Aleksander_Warma, lk 24
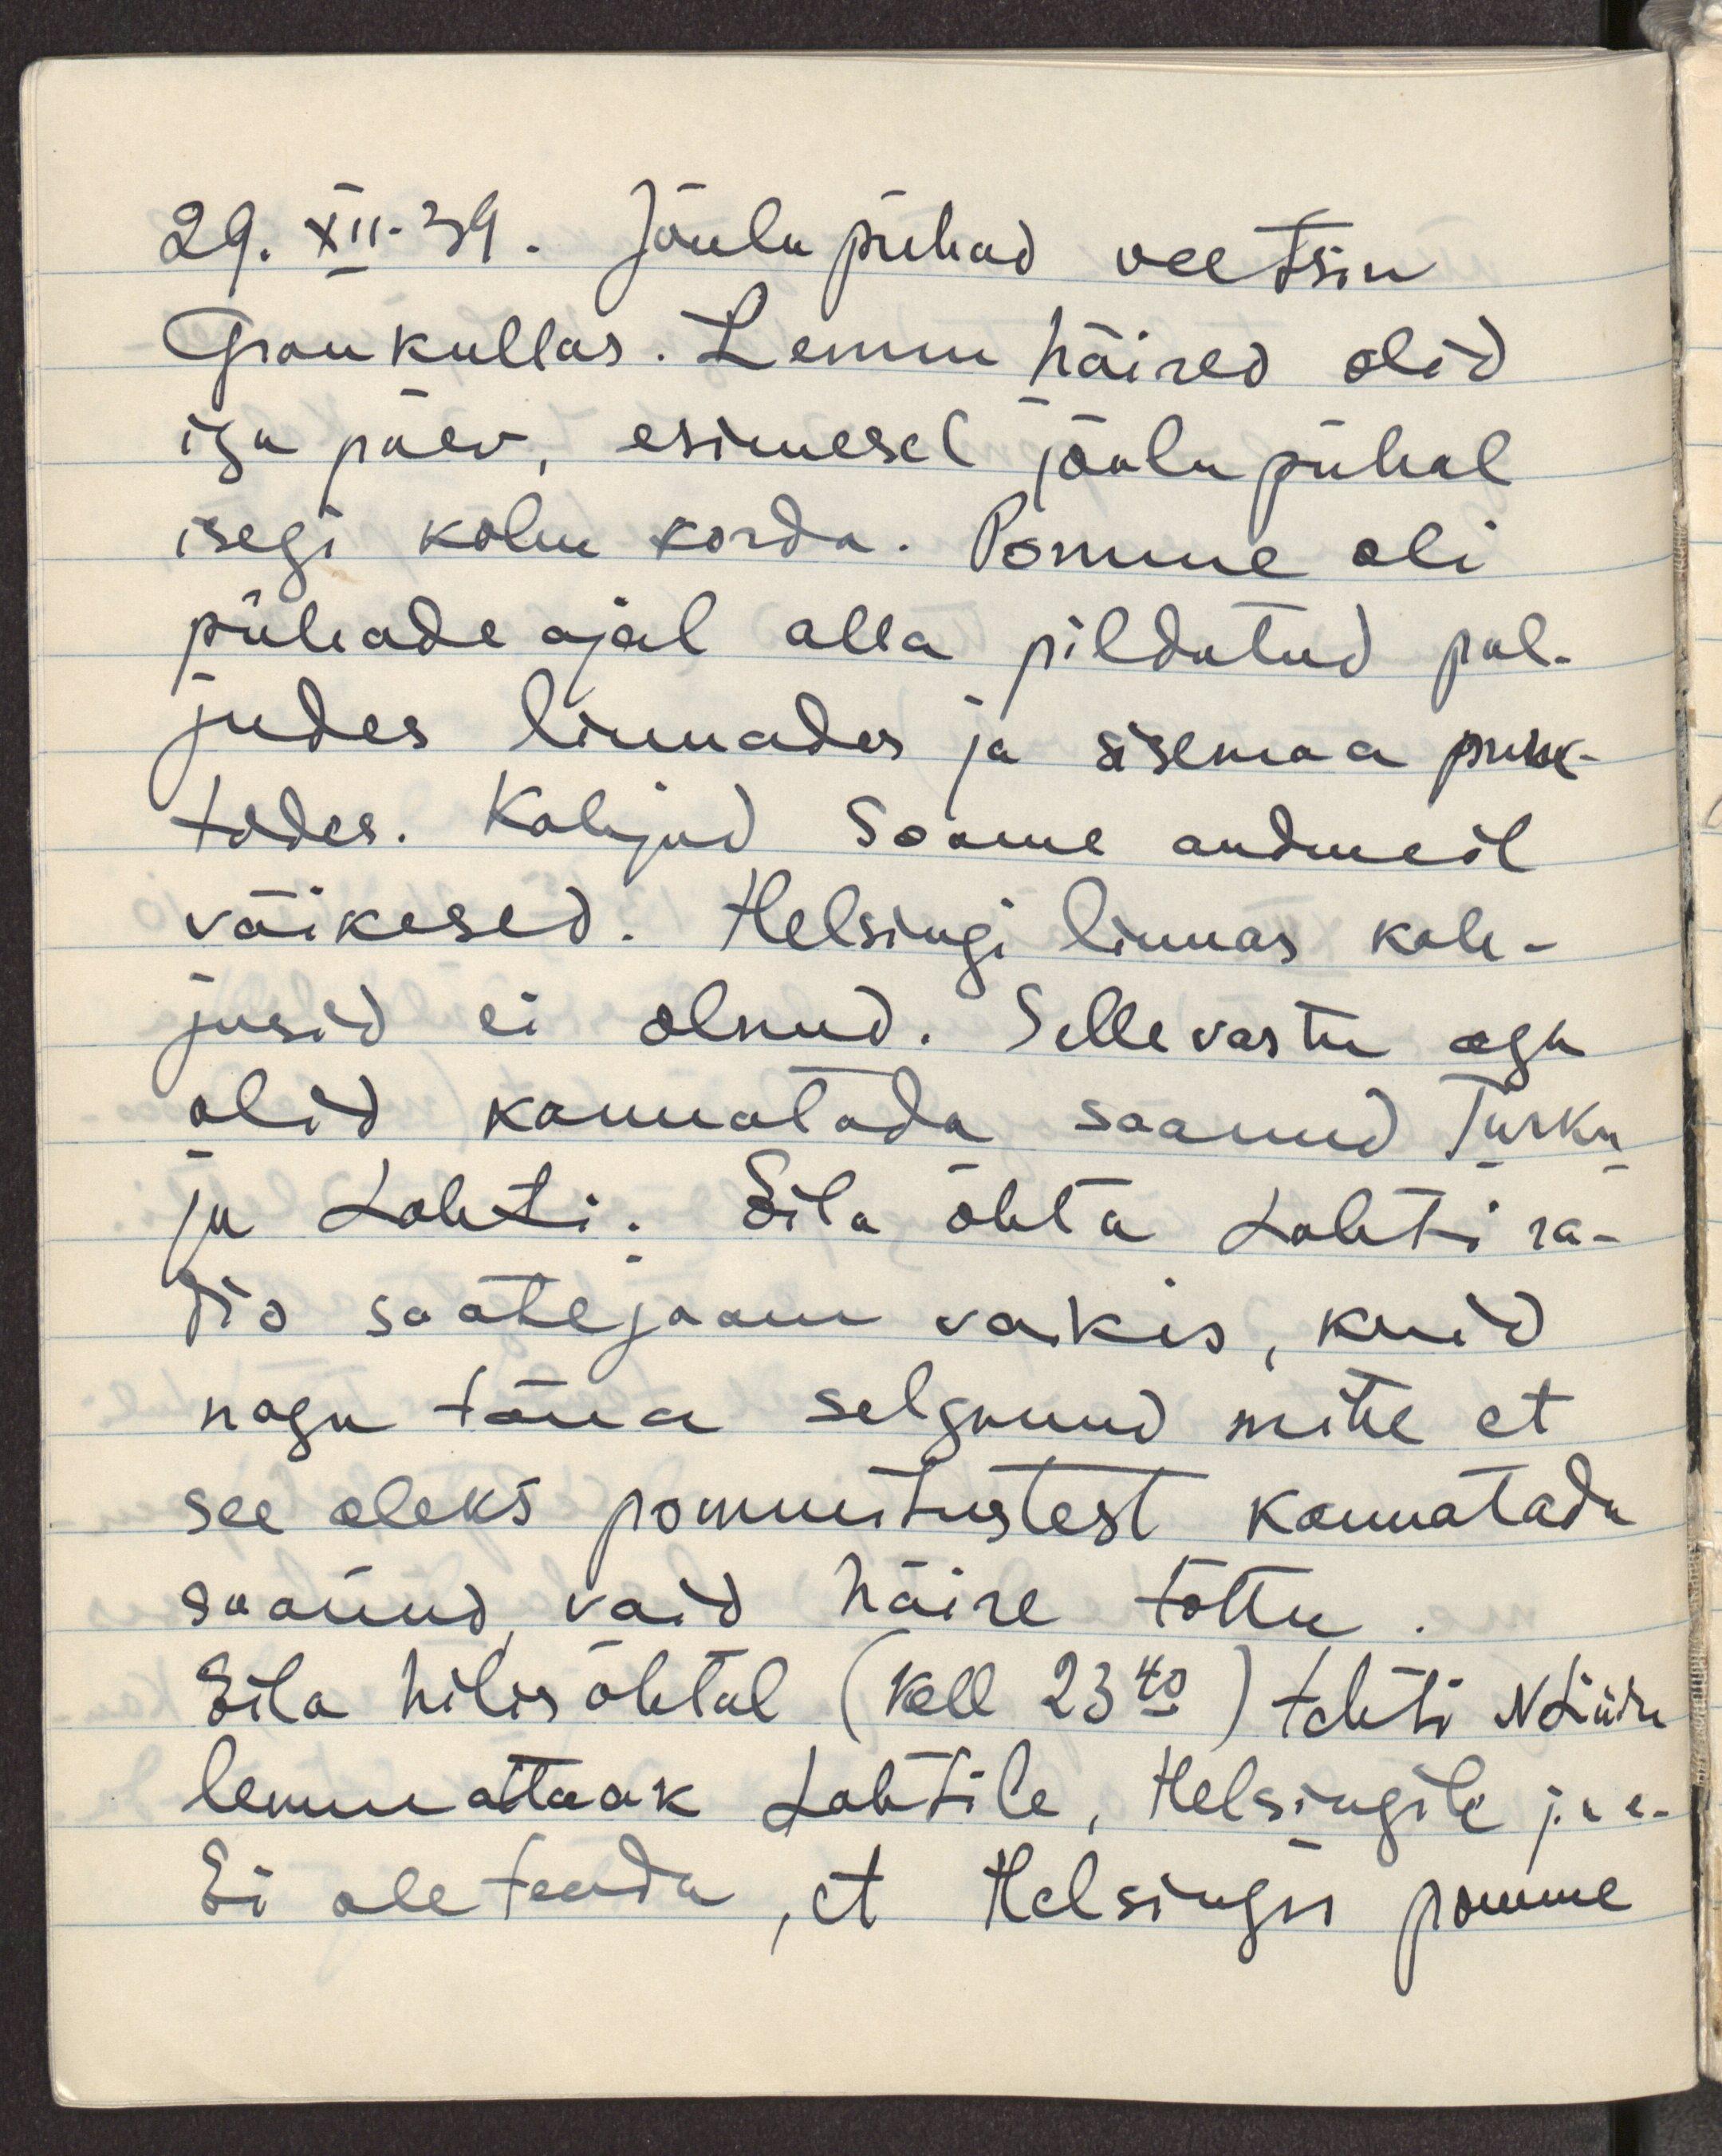
29.XII.39. Jõulupühad veetsin
Grankullas. Lennu häired olid
iga päev, esimesel jõulupühal
isegi kolm korda. Pomme oli
pühade ajal alla pildutud pal-
judes linnades ja sisemaa punk-
tides. Kahjud Soome andmeil
väikesed. Helsingi linnas kah-
jusid ei olnud. Sellevastu aga
olid kannatada saanud Turku
ja Lahti. Eila õhta Lahti ra-
dio saatejaam vaikis, kuid
nagu täna selgunud mitte et
see oleks pommitustest kannatada
saanud vaid häire tõttu.
Eila hilisõhtul (kell 23.40) tehti N.Liidu
lennuattaak Lahtile, Helsingile jne.
Ei ole teada, et Helsingis pomme